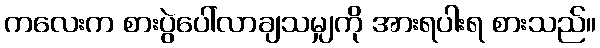
ကလေးက စားပွဲပေါ်လာချသမျှကို အားရပါးရ စားသည်။